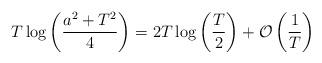
LaTeX: \begin{align*} T\log\left(\frac{a^2+T^2}{4}\right)=2T\log \left(\frac{T}{2}\right)+\mathcal{O}\left(\frac{1}{T}\right) \end{align*}